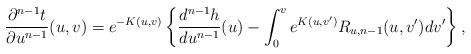
\begin{align*} \frac{\partial^{n-1}t}{\partial u^{n-1}}(u,v)=e^{-K(u,v)}\left\{\frac{d^{n-1}h}{du^{n-1}}(u)-\int_0^ve^{K(u,v')}R_{u,n-1}(u,v')dv'\right\},\end{align*}